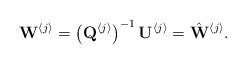
\begin{align*}\mathbf{W}^{\left\langle j\right\rangle }=\left(\mathbf{Q}^{\left\langle j\right\rangle }\right)^{-1}\mathbf{U}^{\left\langle j\right\rangle }=\hat{\mathbf{W}}^{\left\langle j\right\rangle }.\end{align*}